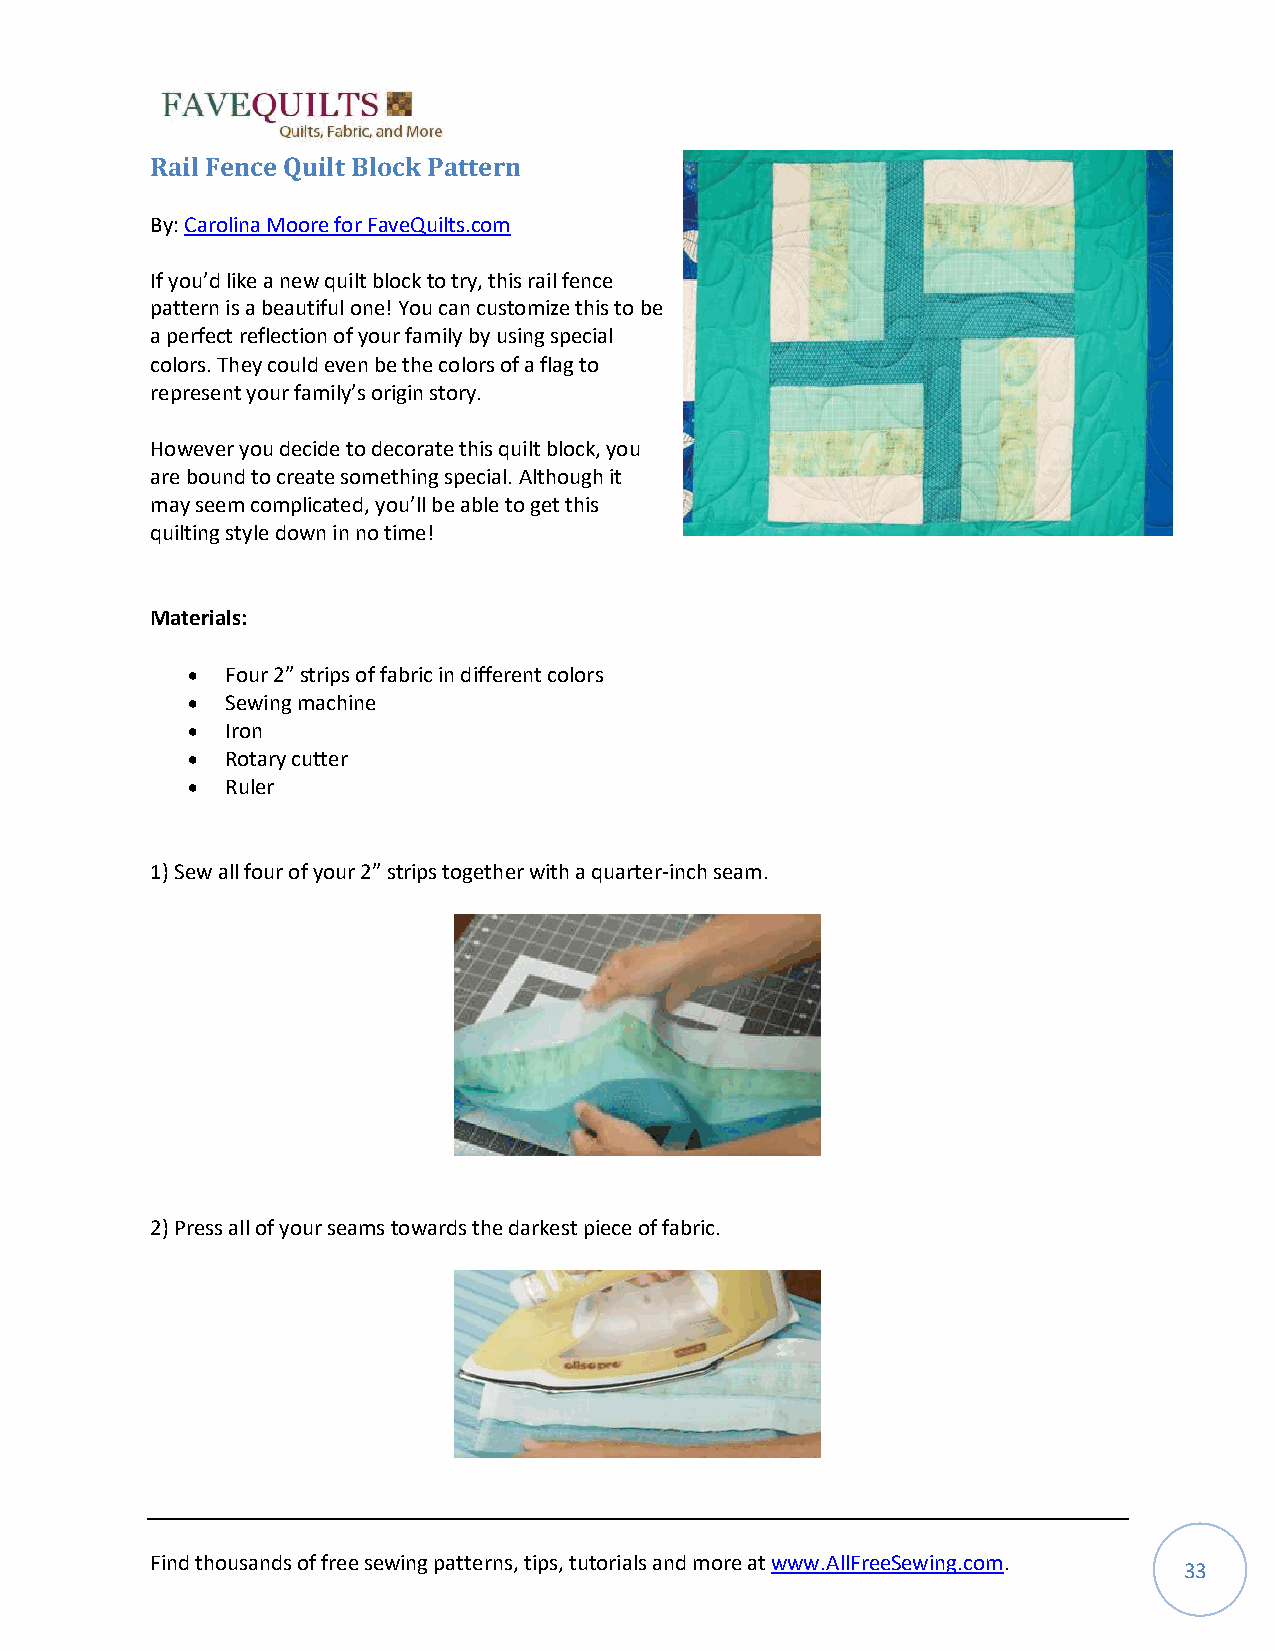
Rail Fence Quilt Block Pattern
 By: Carolina Moore for FaveQuilts.com
 If you’d like a new quilt block to try, this rail fence
 pattern is a beautiful one! You can customize this to be
 a perfect reflection of your family by using special
 colors. They could even be the colors of a flag to
 represent your family’s origin story.
 However you decide to decorate this quilt block, you
 are bound to create something special. Although it
 may seem complicated, you’ll be able to get this
 quilting style down in no time!
 Materials:
 •  Four 2” strips of fabric in different colors
 •  Sewing machine
 •  Iron
 •  Rotary cutter
 •  Ruler
 1) Sew all four of your 2” strips together with a quarter-inch seam.
 2) Press all of your seams towards the darkest piece of fabric.
 Find thousands of free sewing patterns, tips, tutorials and more at www.AllFreeSewing.com.
 33